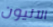
الآليون